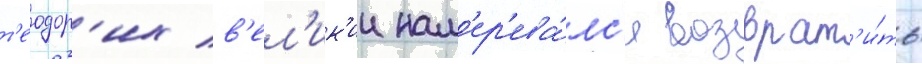
т'еодор'их в'ел'ик'ии нам'ер'ева́лс'я возврат'и́ть